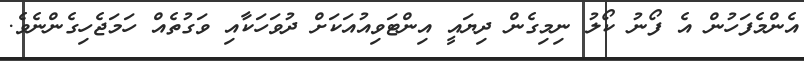
އެންމެފަހުން އެ ފޯނު ކޯލު ނިމިގެން ދިޔައީ އިންޓަވިއުއަކަށް ދުވަހަކާއި ވަގުތެއް ހަމަޖެހިގެންނެވެ.